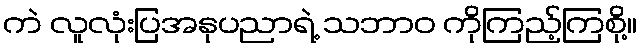
ကဲ လူလုံးပြအနုပညာရဲ့ သဘာဝ ကိုကြည့်ကြစို့။